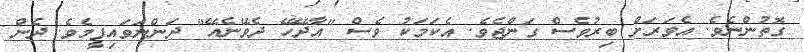
ގޮތުންނެވެ. އެވަރަށް ބިރުވެސް ގަންޖެވެ. އެކަމަކު ވެސް "އާދޭހޭ ދެވޭނެއޭ" ދަންނަވައިފީމެވެ. ދެން